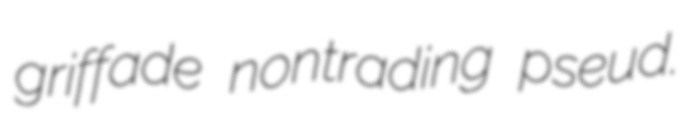
griffade nontrading pseud.